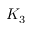
K _ { 3 }